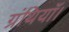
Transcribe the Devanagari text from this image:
ग्रंथियाँ।